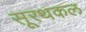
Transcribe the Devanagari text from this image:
सूरथकल